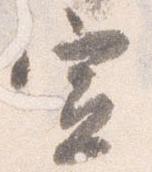
宣